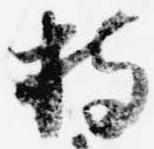
持